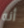
أنه